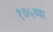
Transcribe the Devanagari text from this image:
१७५व्या